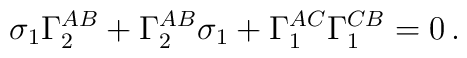
\sigma_1\Gamma_2^{AB} + \Gamma_2^{AB}\sigma_1         + \Gamma_1^{AC}\Gamma_1^{CB} = 0\,.